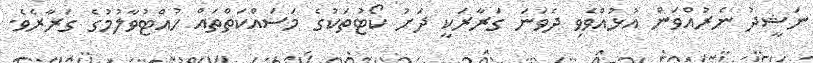
ނަޝީދު ނެރުއްވަން އުޅުއްވެވި ދެވަނަ ގަރާރަކީ ދަށު ކޯޓުތަކުގެ މަސައްކަތްތައް ހުއްޓުވާލުމުގެ ގަރާރެވެ.